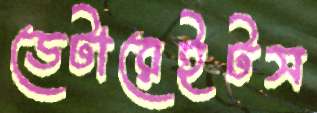
ডেটারেইটস